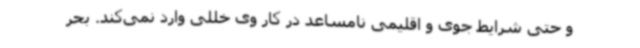
و حتی شرایط جوی و اقلیمی نامساعد در کار وی خللی وارد نمی‌کند. بحر